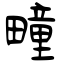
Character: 疃